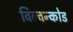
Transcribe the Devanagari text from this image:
विल्वन्कोड